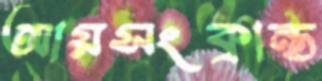
আয়সংক্রান্ত